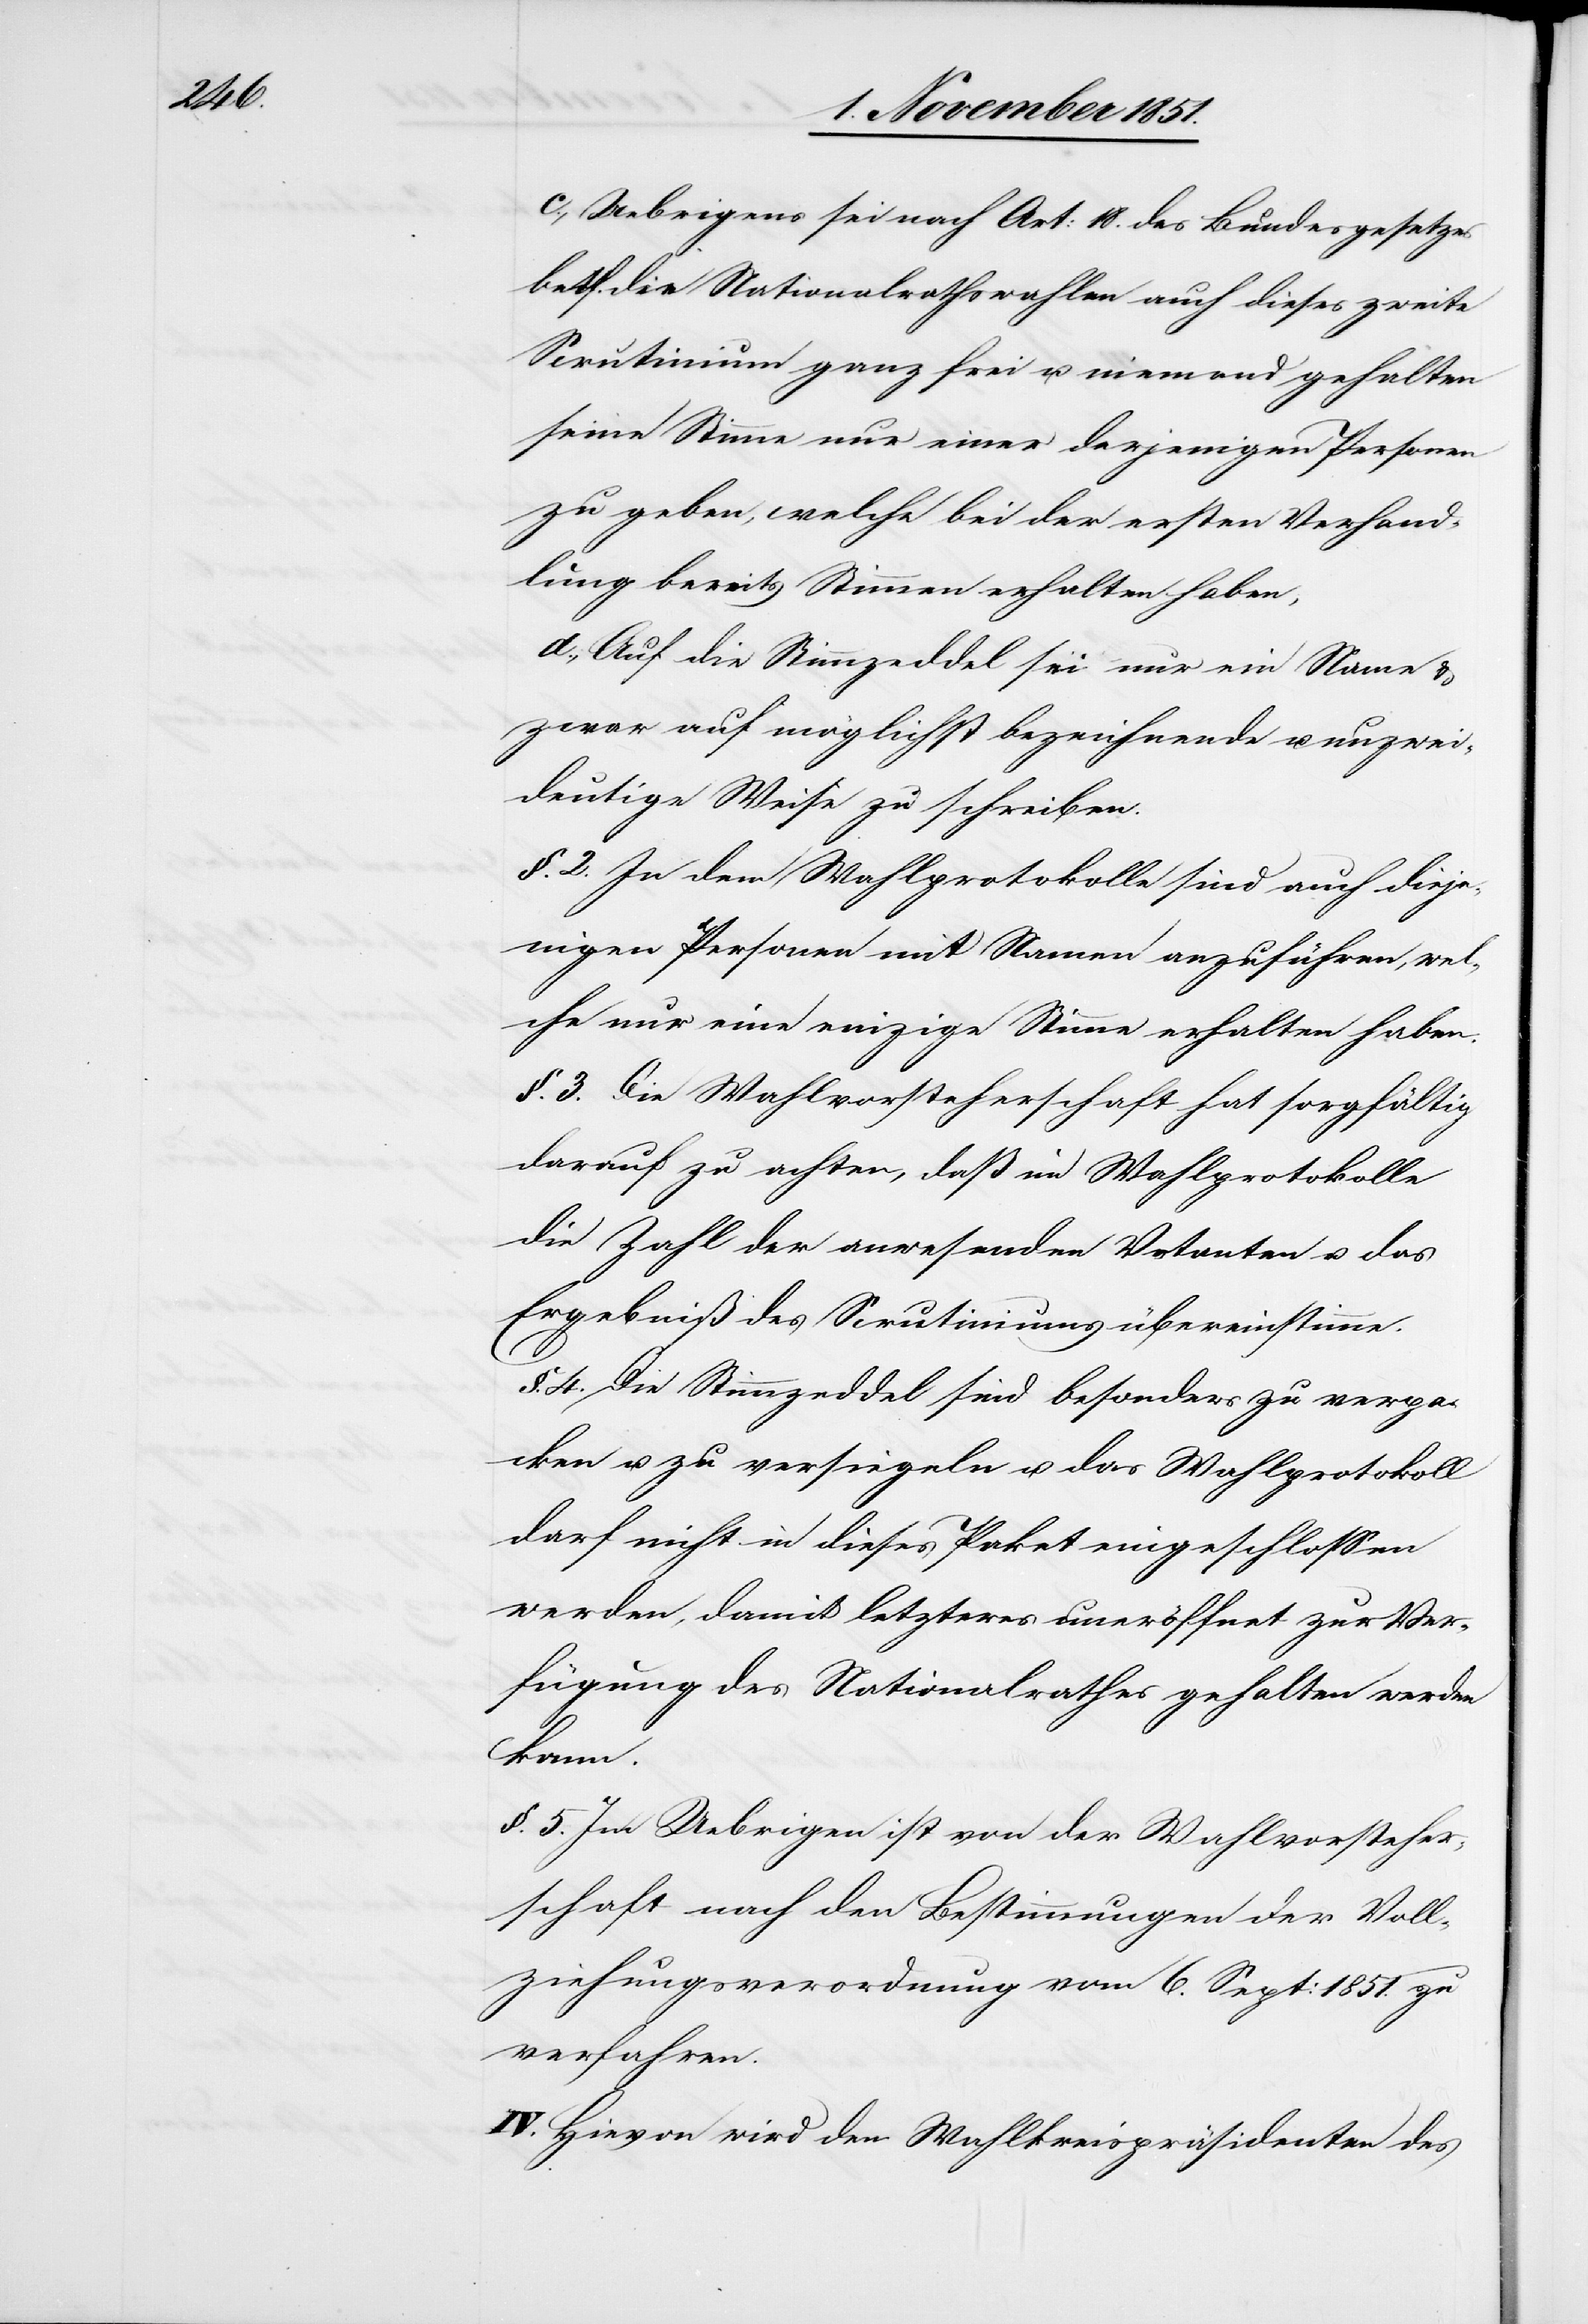
c., Uebrigens sei nach Art: 18. des Bundesgesetzes
betf. die Nationalrathswahlen auch dieses zweite
Scrutinium ganz frei u. niemand gehalten
seine Stimme nur einer derjenigen Personen
zu geben, welche bei der ersten Verhand¬
lung bereits Stimmen erhalten haben;
d., Auf die Stimmzeddel sei nur ein Name &
zwar auf möglichst bezeichnende u. unzwei¬
deutige Weise zu schreiben.
§. 2. In dem Wahlprotokolle sind auch dieje¬
nigen Personen mit Namen anzuführen, wel¬
che nur eine einzige Stimme erhalten haben.
§. 3. Die Wahlvorsteherschaft hat sorgfältig
darauf zu achten, daß im Wahlprotokolle
die Zahl der anwesenden Votanten u. das
Ergebniß des Scrutiniums übereinstimme.
§. 4. Die Stimmzeddel sind besonders zu verpa¬
cken u. zu versiegeln u. das Wahlprotokoll
darf nicht in dieses Paket eingeschlossen
werden, damit letzteres uneröffnet zur Ver¬
fügung des Nationalrathes gehalten werden
kann.
§. 5. Im Uebrigen ist von der Wahlvorsteher¬
schaft nach den Bestimmungen der Voll¬
ziehungsverordnung vom 6. Sept: 1851. zu
verfahren.
IV. Hievon wird den Wahlkreispräsidenten des